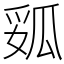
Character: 㼏